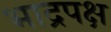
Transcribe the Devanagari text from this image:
भाद्रपक्ष